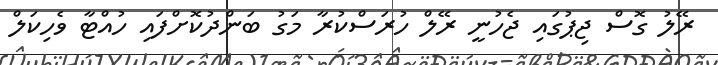
ރޭލު ގޮސް ޖިޕުގައި ޖެހުނީ ރޭލް ހުރަސްކުރާ މަގު ބަންދުކޮށްފައި ހުއްޓާ ވެހިކަލް